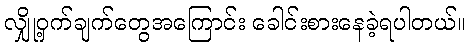
လျှို့ဝှက်ချက်တွေအကြောင်း ခေါင်းစားနေခဲ့ရပါတယ်။